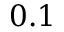
0 . 1